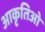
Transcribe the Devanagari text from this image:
आकृतिओं